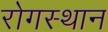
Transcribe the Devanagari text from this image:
रोगस्थान